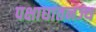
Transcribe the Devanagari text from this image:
पक्षाघातनज्य